Report of the Indian Hemp Drugs Commission, 1894-1895 - Volume I
Year: 1894
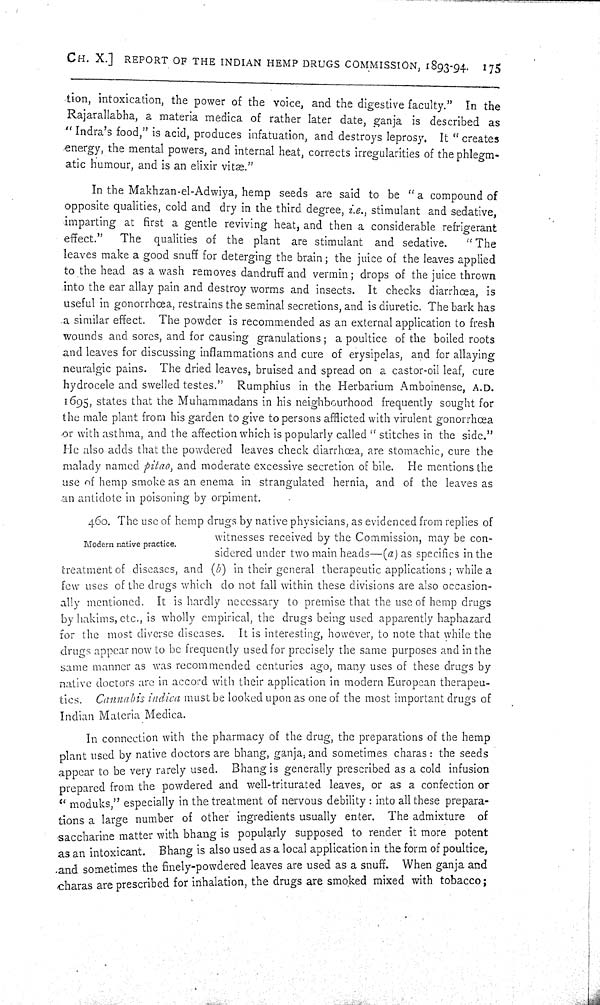
CH. X.] REPORT OF THE INDIAN HEMP DRUGS COMMISSION, 1893-94. 175
tion, intoxication, the power of the voice, and the digestive faculty." In the
Rajarallabha, a materia medica of rather later date, ganja is described as
"Indra's food," is acid, produces infatuation, and destroys leprosy. It "creates
energy, the mental powers, and internal heat, corrects irregularities of the phlegm-
atic humour, and is an elixir vitæ."
In the Makhzan-el-Adwiya, hemp seeds are said to be "a compound of
opposite qualities, cold and dry in the third degree, i.e., stimulant and sedative,
imparting at first a gentle reviving heat, and then a considerable refrigerant
effect." The qualities of the plant are stimulant and sedative. "The
leaves make a good snuff for deterging the brain; the juice of the leaves applied
to the head as a wash removes dandruff and vermin; drops of the juice thrown
into the ear allay pain and destroy worms and insects. It checks diarrhœa, is
useful in gonorrhœa, restrains the seminal secretions, and is diuretic. The bark has
a similar effect. The powder is recommended as an external application to fresh
wounds and sores, and for causing granulations; a poultice of the boiled roots
and leaves for discussing inflammations and cure of erysipelas, and for allaying
neuralgic pains. The dried leaves, bruised and spread on a castor-oil leaf, cure
hydrocele and swelled testes." Rumphius in the Herbarium Amboinense, A.D.
1695, states that the Muhammadans in his neighbourhood frequently sought for
the male plant from his garden to give to persons afflicted with virulent gonorrhœa
or with asthma, and the affection which is popularly called "stitches in the side."
He also adds that the powdered leaves check diarrhœa, are stomachic, cure the
malady named pitao, and moderate excessive secretion of bile. He mentions the
use of hemp smoke as an enema in strangulated hernia, and of the leaves as
an antidote in poisoning by orpiment.
Modern native practice.
460. The use of hemp drugs by native physicians, as evidenced from replies of
witnesses received by the Commission, may be con-
sidered under two main heads—(a) as specifics in the
treatment of diseases, and (b) in their general therapeutic applications; while a
few uses of the drugs which do not fall within these divisions are also occasion-
ally mentioned. It is hardly necessary to premise that the use of hemp drugs
by hakims, etc., is wholly empirical, the drugs being used apparently haphazard
for the most diverse diseases. It is interesting, however, to note that while the
drills appear now to be frequently used for precisely the same purposes and in the
same manner as was recommended centuries ago, many uses of these drugs by
native doctors are in accord with their application in modern European therapeu-
tics. Cannabis indica must be looked upon as one of the most important drugs of
Indian Materia Medica.
In connection with the pharmacy of the drug, the preparations of the hemp
plant used by native doctors are bhang, ganja, and sometimes charas: the seeds
appear to be very rarely used. Bhang is generally prescribed as a cold infusion
prepared from the powdered and well-triturated leaves, or as a confection or
"moduks" especially in the treatment of nervous debility: into all these prepara-
tions a large number of other ingredients usually enter. The admixture of
saccharine matter with bhang is popularly supposed to render it more potent
as an intoxicant. Bhang is also used as a local application in the form of poultice,
and sometimes the finely-powdered leaves are used as a snuff. When ganja and
charas are prescribed for inhalation, the drugs are smoked mixed with tobacco;